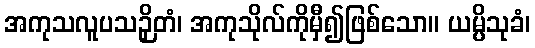
အကုသလူပသဉှိတံ၊ အကုသိုလ်ကိုမှီ၍ဖြစ်သော။ ယမ္ပိသုခံ၊